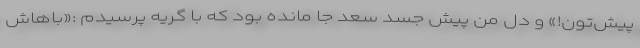
پیش‌تون!» و دل من پیش جسد سعد جا مانده بود که با گریه پرسیدم :«باهاش